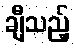
ချီသည့်